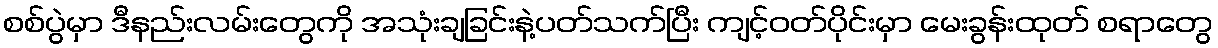
စစ်ပွဲမှာ ဒီနည်းလမ်းတွေကို အသုံးချခြင်းနဲ့ပတ်သက်ပြီး ကျင့်ဝတ်ပိုင်းမှာ မေးခွန်းထုတ် စရာတွေ